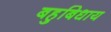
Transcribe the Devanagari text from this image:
बहुबिधाय